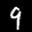
Label: 9